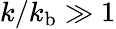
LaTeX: k/k_{\mathrm{b}}\gg 1